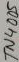
Text: TN4005